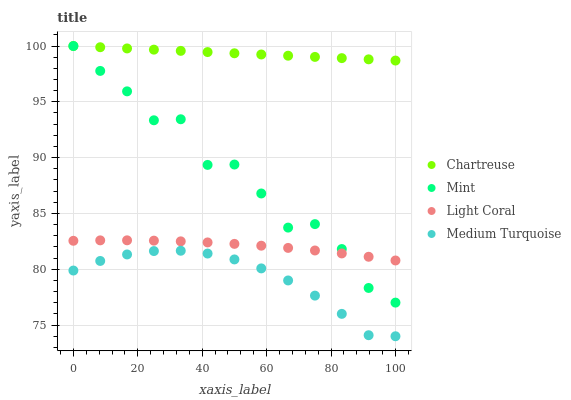
| xaxis_label | Chartreuse | Mint | Light Coral | Medium Turquoise |
 | --- | --- | --- | --- | --- |
 | 0 | 100 | 100 | 82.6 | 79.9 |
 | 8.33 | 99.9 | 97.8 | 82.6 | 80.7 |
 | 16.7 | 99.8 | 95.9 | 82.6 | 81.3 |
 | 25 | 99.7 | 93.3 | 82.6 | 81.6 |
 | 33.3 | 99.6 | 93.4 | 82.5 | 81.7 |
 | 41.7 | 99.5 | 89.3 | 82.4 | 81.4 |
 | 50 | 99.3 | 89.4 | 82.3 | 80.9 |
 | 58.3 | 99.2 | 86.8 | 82.1 | 80.1 |
 | 66.7 | 99.1 | 83.7 | 81.9 | 79 |
 | 75 | 99 | 84 | 81.7 | 77.6 |
 | 83.3 | 98.9 | 81.8 | 81.4 | 76 |
 | 91.7 | 98.8 | 78.3 | 81.1 | 74.1 |
 | 100 | 98.7 | 77 | 80.8 | 74 |